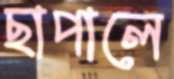
ছাপালে